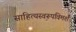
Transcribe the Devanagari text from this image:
साहित्यस्वरूपविमर्श